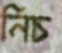
নিচ